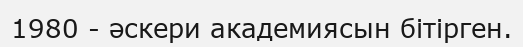
1980 - әскери академиясын бітірген.